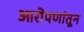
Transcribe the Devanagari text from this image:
आरोपणांतून